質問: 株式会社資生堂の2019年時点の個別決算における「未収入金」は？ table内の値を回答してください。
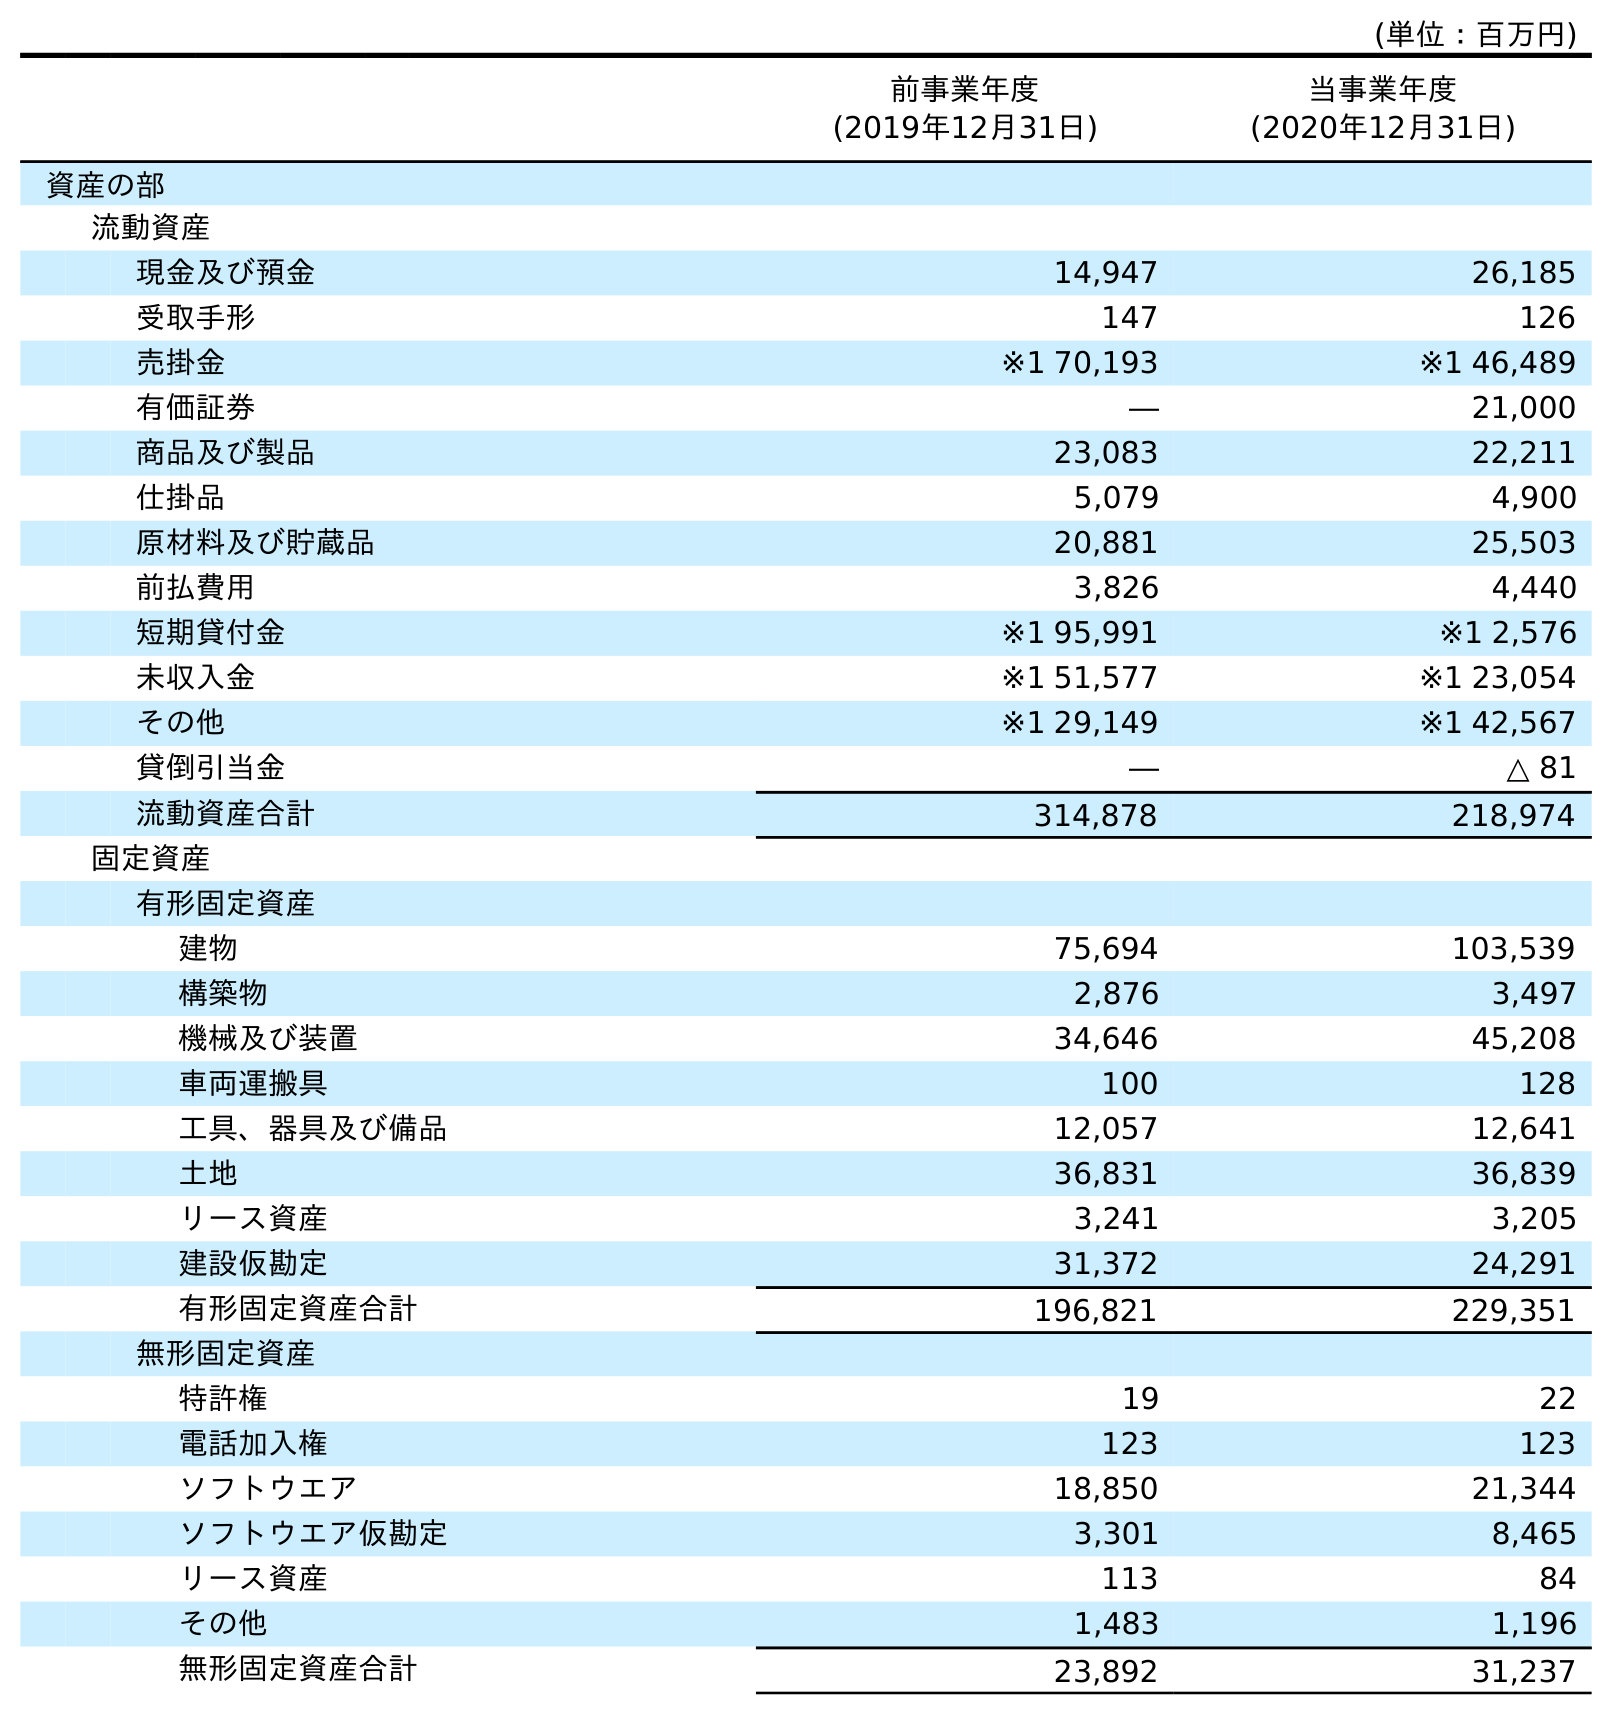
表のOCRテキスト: (単位：百万円) 前事業年度 (2019年12月31日) 当事業年度 (2020年12月31日) 資産の部 流動資産 現金及び預金 14,947 26,185 受取手形 147 126 売掛金 ※1 70,193 ※1 46,489 有価証券 ― 21,000 商品及び製品 23,083 22,211 仕掛品 5,079 4,900 原材料及び貯蔵品 20,881 25,503 前払費用 3,826 4,440 短期貸付金 ※1 95,991 ※1 2,576 未収入金 ※1 51,577 ※1 23,054 その他 ※1 29,149 ※1 42,567 貸倒引当金 ― △ 81 流動資産合計 314,878 218,974 固定資産 有形固定資産 建物 75,694 103,539 構築物 2,876 3,497 機械及び装置 34,646 45,208 車両運搬具 100 128 工具、器具及び備品 12,057 12,641 土地 36,831 36,839 リース資産 3,241 3,205 建設仮勘定 31,372 24,291 有形固定資産合計 196,821 229,351 無形固定資産 特許権 19 22 電話加入権 123 123 ソフトウエア 18,850 21,344 ソフトウエア仮勘定 3,301 8,465 リース資産 113 84 その他 1,483 1,196 無形固定資産合計 23,892 31,237
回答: ※151,577